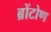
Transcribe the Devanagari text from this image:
ब्रोंटोण